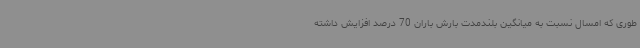
طوری که امسال نسبت به میانگین بلندمدت بارش باران 70 درصد افزایش داشته